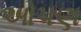
ઓપણ